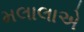
મલાલાએ